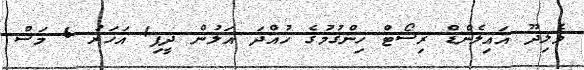
ވެލިދޫ އައިލެންޑް ރިސޯޓް ހިންގުމުގެ ހުއްދަ އަލުން ދީފި1 އަހަރު 6 މަސް